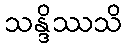
သန္ဒိဿသိ